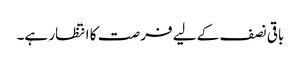
باقی نصف کے لیے فرصت کا انتظار ہے۔